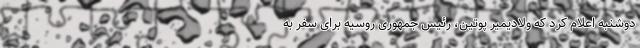
دوشنبه اعلام کرد که ولادیمیر پوتین، رئیس جمهوری روسیه برای سفر به